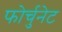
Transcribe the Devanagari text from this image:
फोर्चुनेट